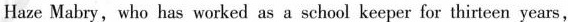
Haze Mabry, who has worked as a school keeper for thirteen years,